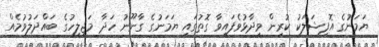
ޔަމަނުގެ އޮފިޝަލަކު ކުރިން ވިދާޅުވެފައިވާ ގޮތުގައި ޔަމަނުގެ ގާނޫނު ހަދާ މަޖިލީހުގެ ބައްދަލުވުމެއް